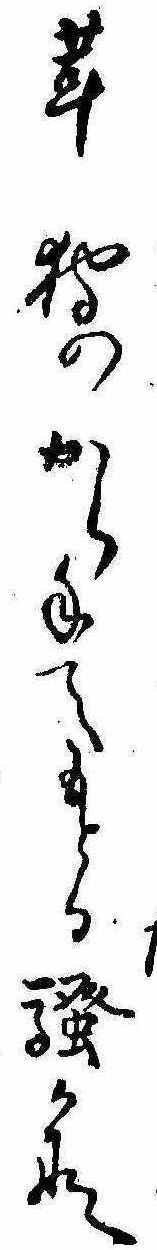
茸狩のから手てもとる騒かな